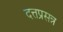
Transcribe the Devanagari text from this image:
दत्तप्रसन्न